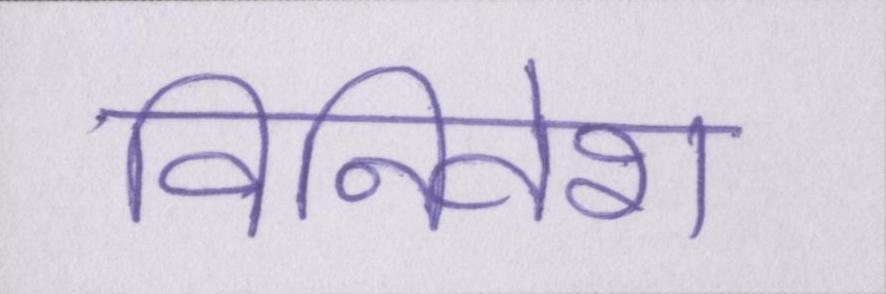
विनिवेश